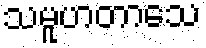
သမူဟတာသေ